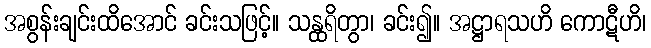
အစွန်းချင်းထိအောင် ခင်းသဖြင့်။ သန္ထရိတွာ၊ ခင်း၍။ အဋ္ဌာရသဟိ ကောဋီဟိ၊